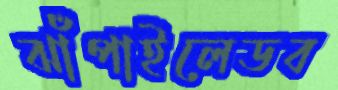
ঝাঁপাইলেডব